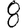
Digit: 8